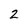
Character: 2